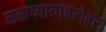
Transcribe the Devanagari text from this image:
सहाध्यायांबरोबर